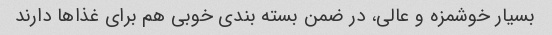
بسیار خوشمزه و عالی، در ضمن بسته بندی خوبی هم برای غذا‌ها دارند